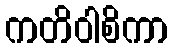
ကတိဝါစိကာ